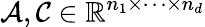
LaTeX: \mathcal{A},\mathcal{C}\in\mathbb{R}^{n_{1}\times\cdots\times n_{d}}